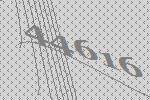
44616